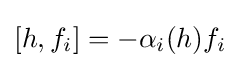
\left[h,f_{i}\right]=-\alpha _{i}(h)f_{i}